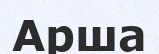
Арша